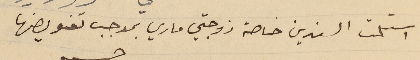
استلمت السندين خاصة زوجتي ماري بموجب تفويضها